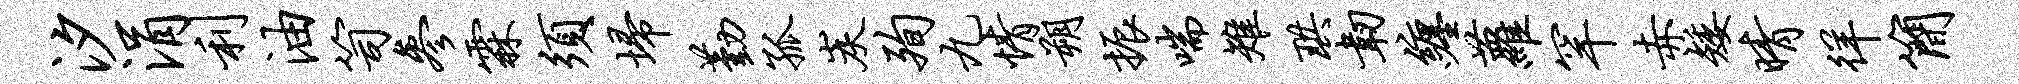
汐涓利油笥参霖须埽勤孤炭殉九情朔振喘雉珙韧缠萝罕赤矮晴徉简